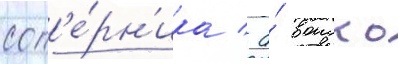
соп'е́рн'ика / а́ воиско